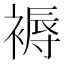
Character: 褥